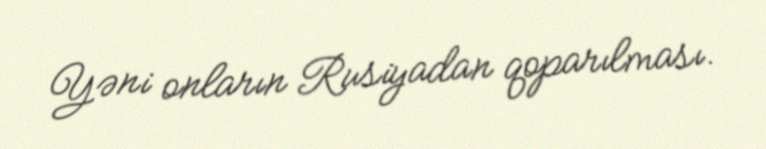
Yəni onların Rusiyadan qoparılması.